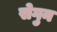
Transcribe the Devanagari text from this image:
सेगुन